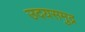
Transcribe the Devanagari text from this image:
उदयसमुद्र